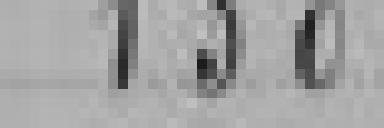
130